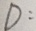
D :